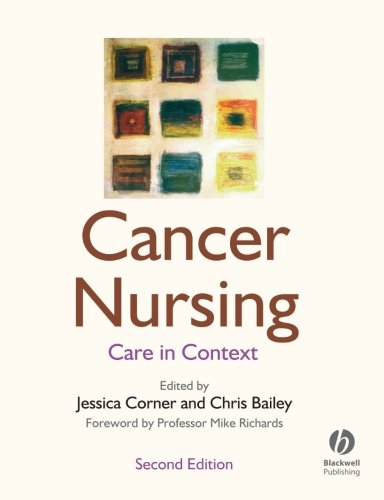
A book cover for Cancer Nursing: Care in Context; Medical Books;